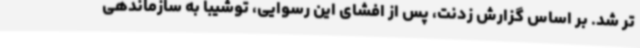
تر شد. بر اساس گزارش زدنت، پس از افشای این رسوایی، توشیبا به سازماندهی